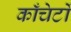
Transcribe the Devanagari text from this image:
काँचेर्टो